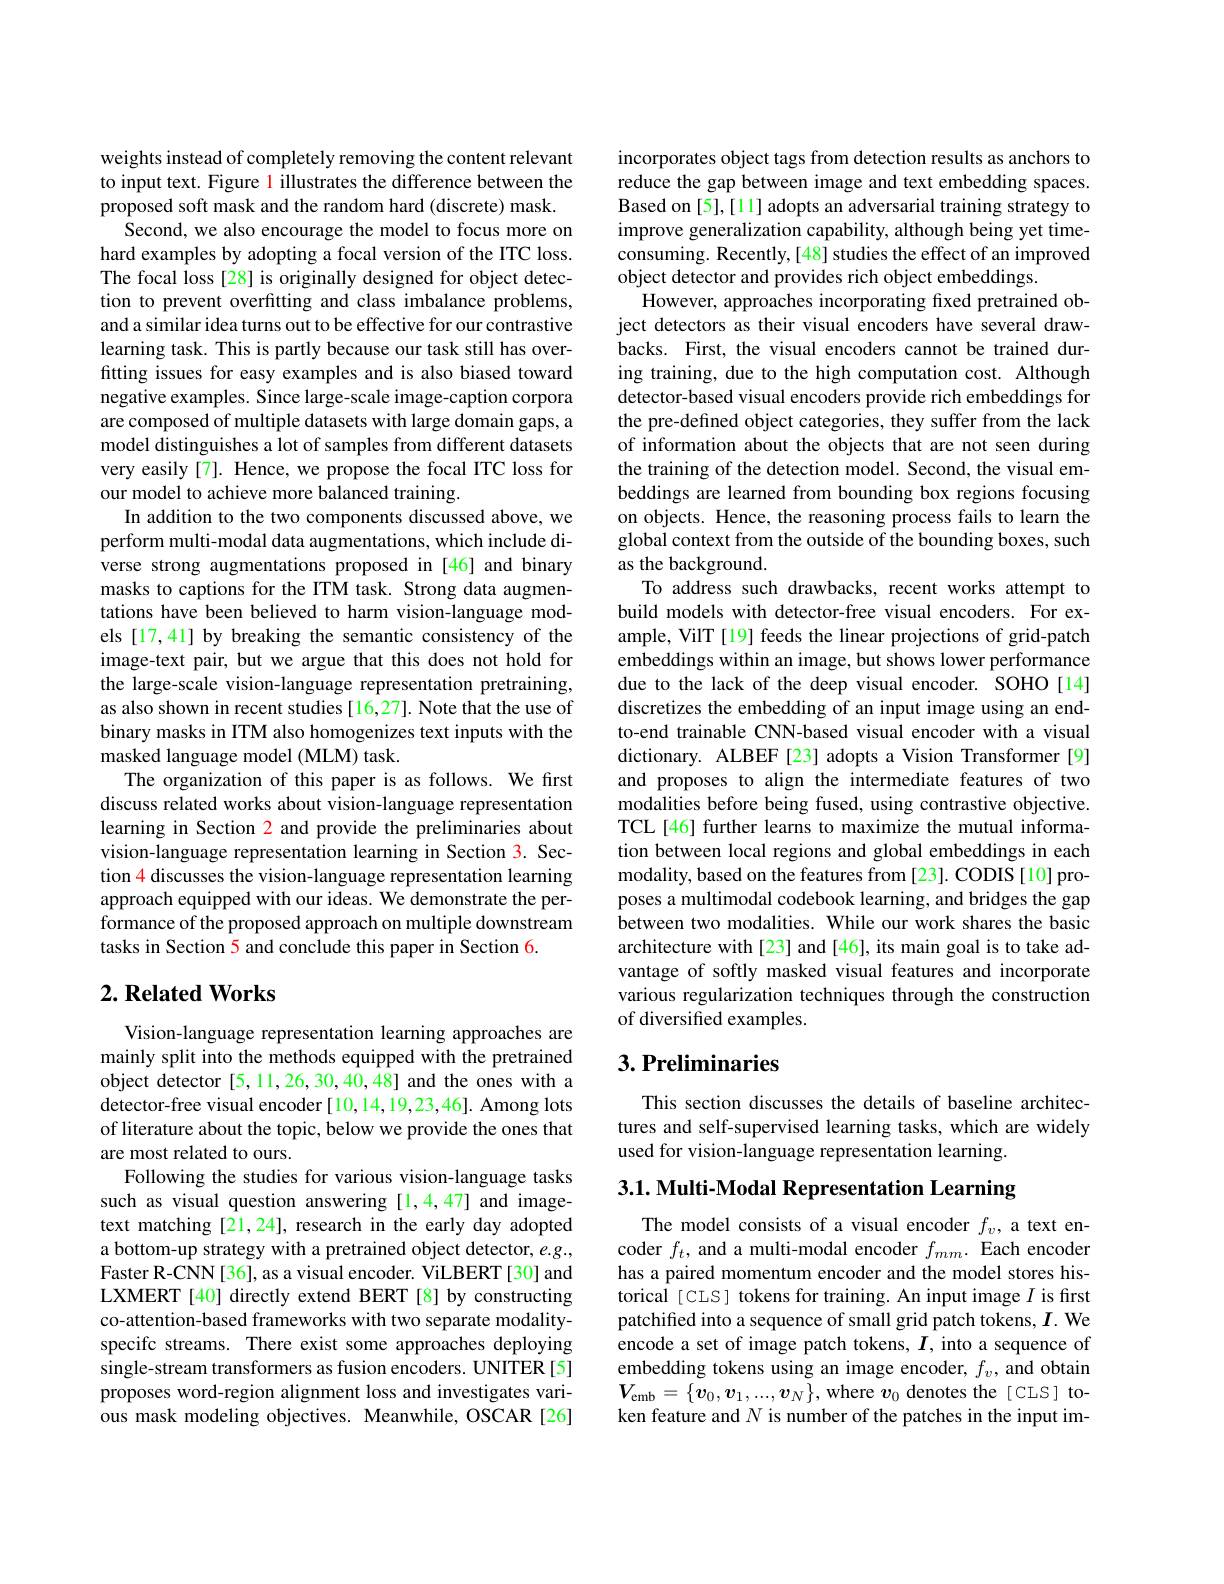
weights instead of completely removing the content relevant to input text. Figure 1 illustrates the difference between the proposed soft mask and the random hard (discrete) mask.
Second, we also encourage the model to focus more on hard examples by adopting a focal version of the ITC loss. The focal loss [28] is originally designed for object detection to prevent overfitting and class imbalance problems, and a similar idea turns out to be effective for our contrastive learning task. This is partly because our task still has overfitting issues for easy examples and is also biased toward negative examples. Since large-scale image-caption corpora are composed of multiple datasets with large domain gaps, a model distinguishes a lot of samples from different datasets very easily[7]. Hence, we propose the focal ITC loss for our model to achieve more balanced training.
In addition to the two components discussed above, we perform multi-modal data augmentations, which include diverse strong augmentations proposed in [46] and binary masks to captions for the ITM task. Strong data augmentations have been believed to harm vision-language models [17,41] by breaking the semantic consistency of the image-text pair, but we argue that this does not hold for the large-scale vision-language representation pretraining, as also shown in recent studies [16,27]. Note that the use of binary masks in ITM also homogenizes text inputs with the masked language model (MLM) task.
The organization of this paper is as follows. We first discuss related works about vision-language representation learning in Section 2 and provide the preliminaries about vision-language representation learning in Section 3. Section 4 discusses the vision-language representation learning approach equipped with our ideas. We demonstrate the performance of the proposed approach on multiple downstream tasks in Section 5 and conclude this paper in Section 6.
$2. \textbf{Related Works}$

Vision-language representation learning approaches are mainly split into the methods equipped with the pretrained object detector [5,11,26,30,40,48] and the ones with a detector-free visual encoder [10,14,19,23,46]. Among lots of literature about the topic, below we provide the ones that are most related to ours.
Following the studies for various vision-language tasks such as visual question answering [1,4,47] and imagetext matching [21,24], research in the early day adopted a bottom-up strategy with a pretrained object detector, e.g., Faster R-CNN[36], as a visual encoder. ViLBERT [30] and LXMERT [40] directly extend BERT [8] by constructing co-attention-based frameworks with two separate modalityspecifc streams. There exist some approaches deploying single-stream transformers as fusion encoders. UNITER [5] proposes word-region alignment loss and investigates various mask modeling objectives. Meanwhile, OSCAR[26]

incorporates object tags from detection results as anchors to reduce the gap between image and text embedding spaces. Based on [5],[11] adopts an adversarial training strategy to improve generalization capability, although being yet timeconsuming. Recently,[48] studies the effect of an improved object detector and provides rich object embeddings.
However, approaches incorporating fixed pretrained object detectors as their visual encoders have several drawbacks. First, the visual encoders cannot be trained during training, due to the high computation cost. Although detector-based visual encoders provide rich embeddings for the pre-defined object categories, they suffer from the lack of information about the objects that are not seen during the training of the detection model. Second, the visual embeddings are learned from bounding box regions focusing on objects. Hence, the reasoning process fails to learn the global context from the outside of the bounding boxes, such as the background.
To address such drawbacks, recent works attempt to build models with detector-free visual encoders. For example, VilT [19] feeds the linear projections of grid-patch embeddings within an image, but shows lower performance due to the lack of the deep visual encoder. SOHO[14] discretizes the embedding of an input image using an endto-end trainable CNN-based visual encoder with a visual dictionary. ALBEF[23] adopts a Vision Transformer[9] and proposes to align the intermediate features of two modalities before being fused, using contrastive objective. TCL[46] further learns to maximize the mutual information between local regions and global embeddings in each modality, based on the features from [23]. CODIS [10] proposes a multimodal codebook learning, and bridges the gap between two modalities. While our work shares the basic architecture with[23] and[46], its main goal is to take advantage of softly masked visual features and incorporate various regularization techniques through the construction of diversified examples.

## $3. \textbf{Preliminaries}$

This section discusses the details of baseline architectures and self-supervised learning tasks, which are widely used for vision-language representation learning.

3.1. Multi- Modal Representation Learning

The model consists of a visual encoder $f_v$, a text encoder $f_t$, and a multi-modal encoder $f_{mm}.$ Each encoder has a paired momentum encoder and the model stores historical [CLS] tokens for training. An input image $I$ is first patchified into a sequence of small grid patch tokens, $I.$ We encode a set of image patch tokens, $I$, into a sequence of embedding tokens using an image encoder, $f_v$, and obtain $V_{\mathrm{emb}}=\{\boldsymbol{v}_{0},\boldsymbol{v}_{1},...,\boldsymbol{v}_{N}\}$,where $\boldsymbol v_{0}$ denotes the[CLS] token feature and N is number of the patches in the input im-